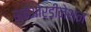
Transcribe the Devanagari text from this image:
सबओर्डीनेशन